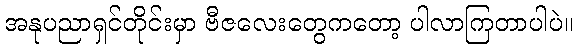
အနုပညာရှင်တိုင်းမှာ ဗီဇလေးတွေကတော့ ပါလာကြတာပါပဲ။